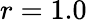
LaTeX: r=1.0